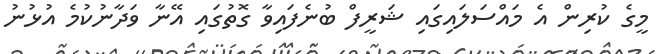
މީގެ ކުރިން އެ މައްސަލައިގައި ޝަރީފް ބުނެފައިވާ ގޮތުގައި އޭނާ ވަދާނުކުމެ އުޅުނު